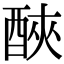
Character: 𨠿